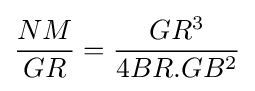
{\frac {NM}{GR}}={\frac {GR^{3}}{4BR.GB^{2}}}